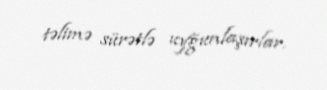
təlimə sürətlə uyğunlaşırlar.